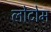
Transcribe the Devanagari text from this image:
लोटोम